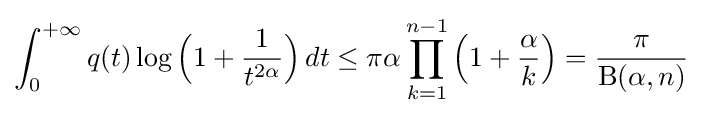
\int _{0}^{+\infty }q(t)\log {\Bigl (}1+{\frac {1}{t^{2\alpha }}}{\Bigr )}\,dt\leq \pi \alpha \prod _{k=1}^{n-1}{\Bigl (}1+{\frac {\alpha }{k}}{\Bigr )}={\frac {\pi }{\mathrm {B} (\alpha ,n)}}